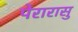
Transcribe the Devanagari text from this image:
पेरारासु